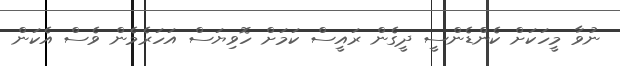
ނުވާ މީހަކަށް ކެންޑެންސީ ދީގެން ރައީސް ކަމަށް ހޮވިޔަސް އަހަރެމެން ވެސް އެކަން